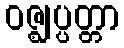
ဝဇ္ဈပ္ပတ္တာ